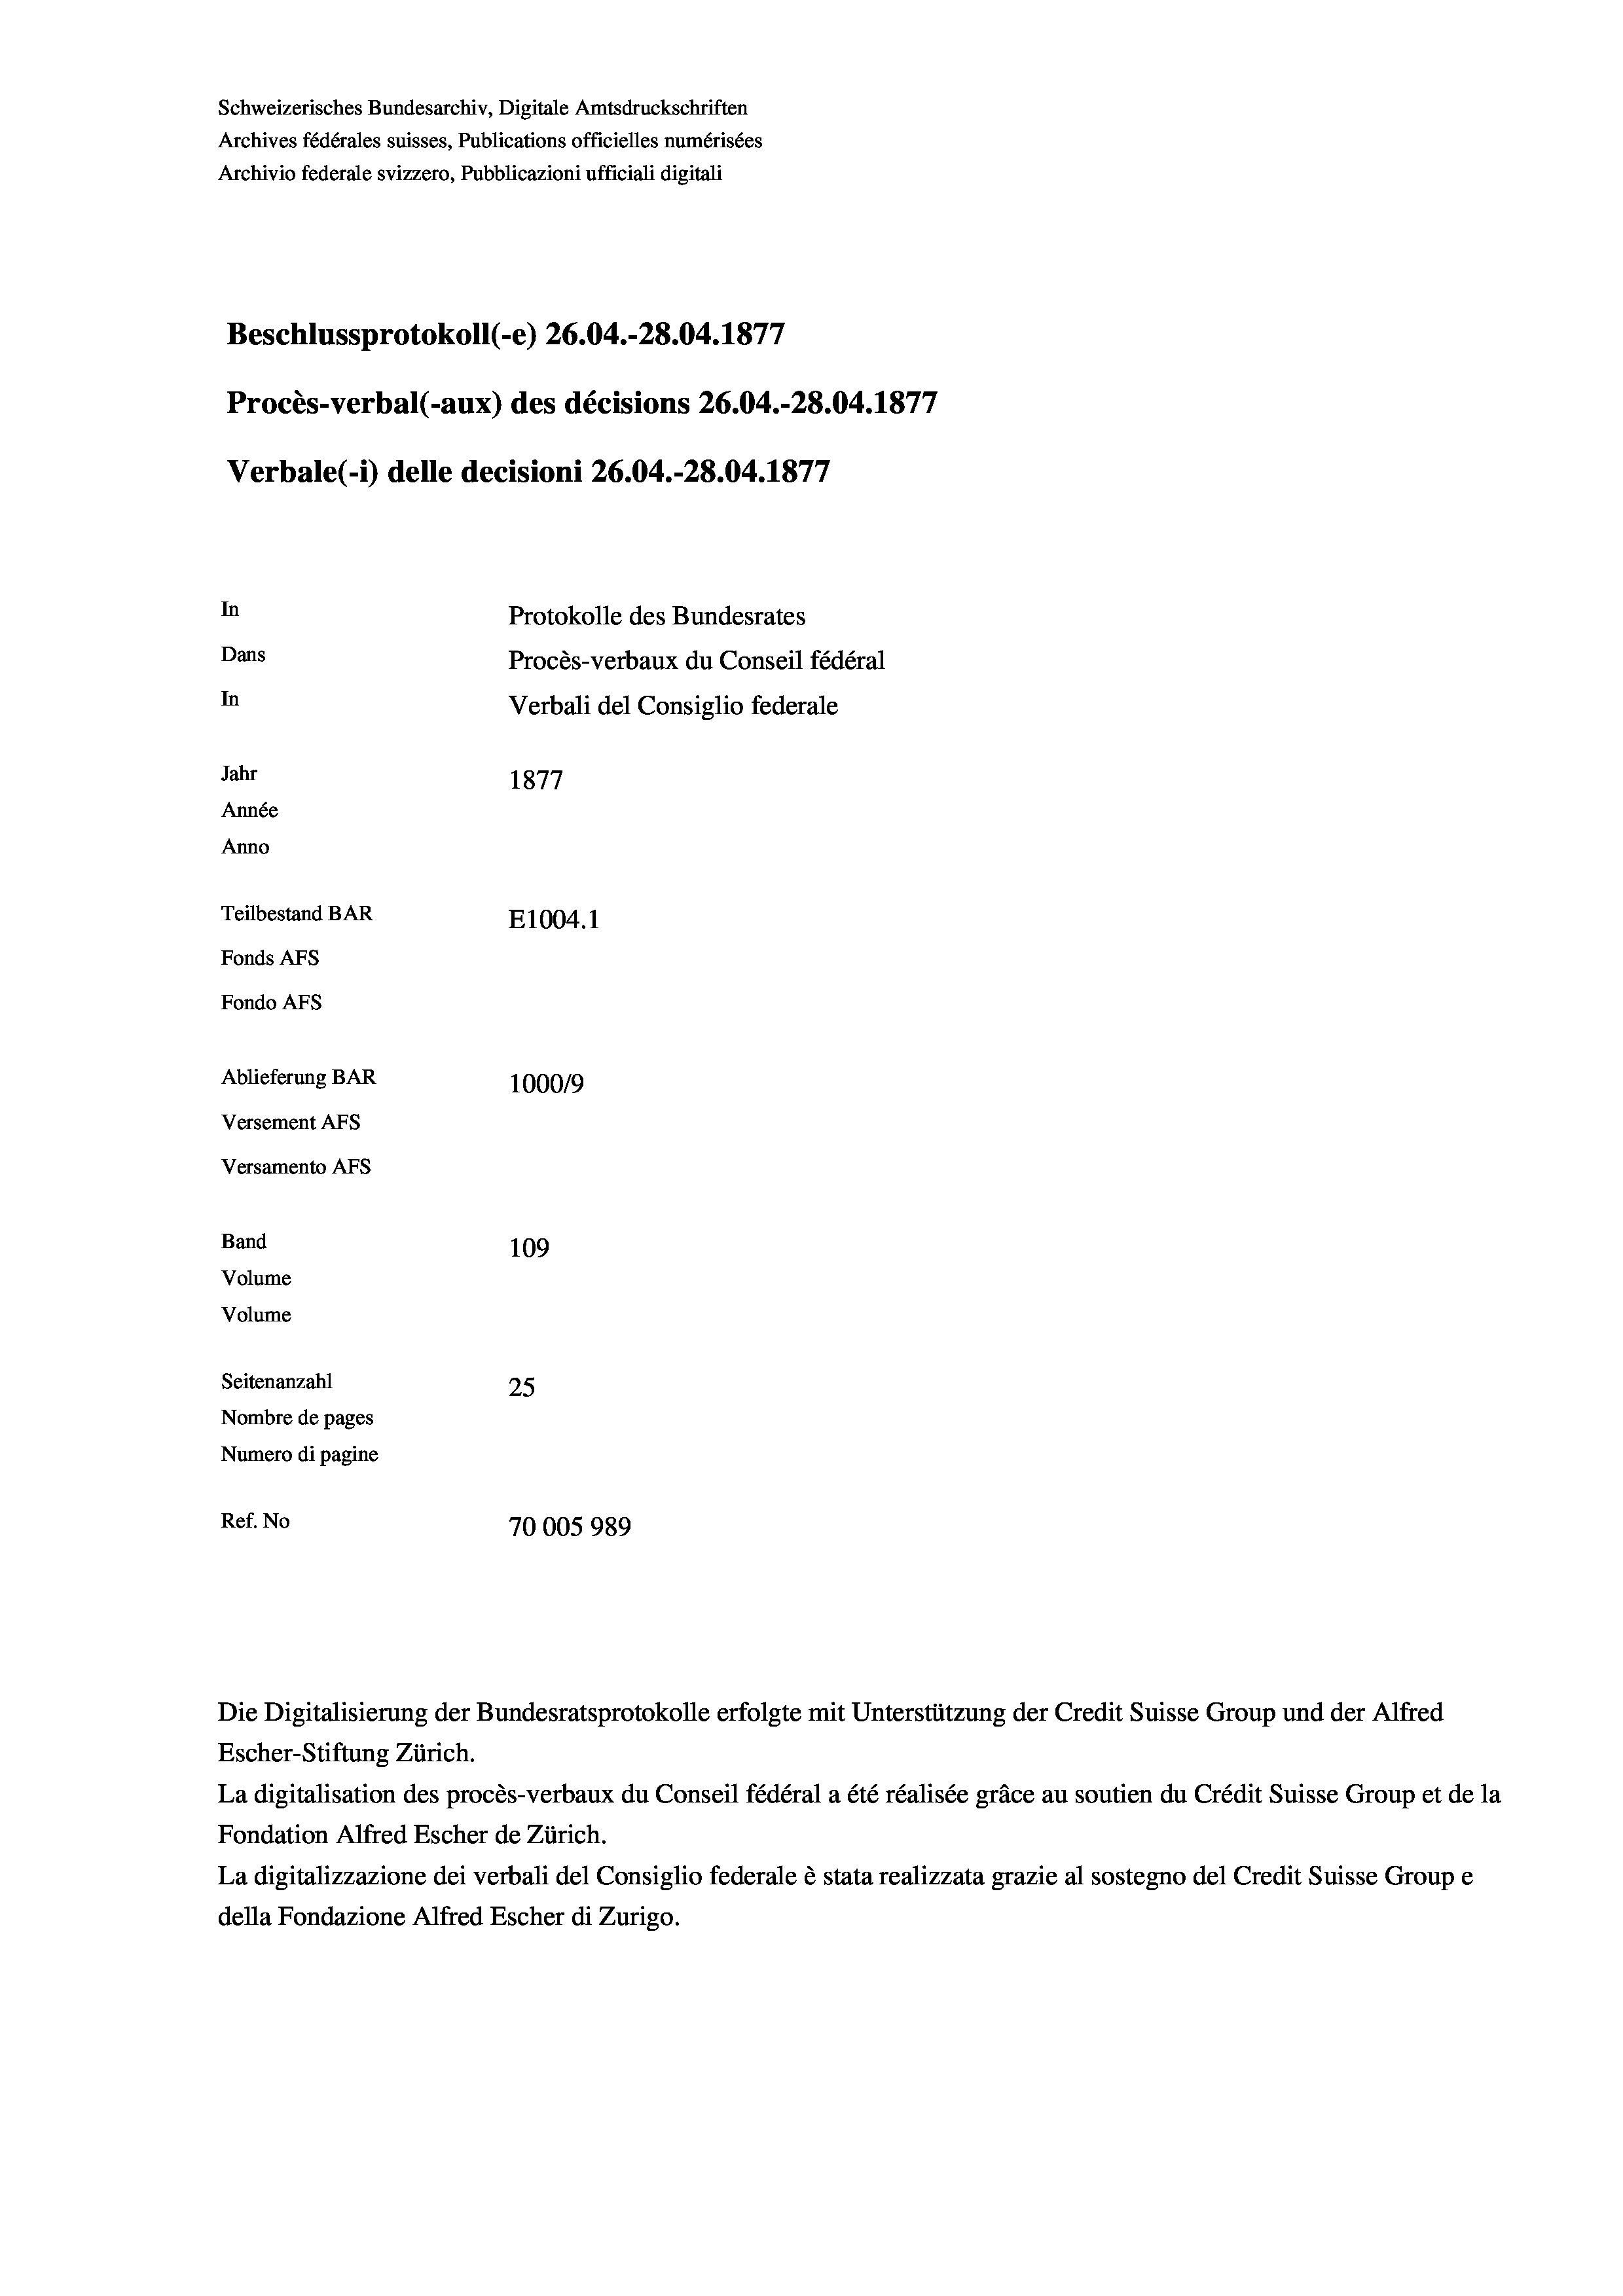
Schweizerisches Bundesarchiv, Digitale Amtsdruckschriften
Archives fédérales suisses, Publications officielles numérisées
Archivio federale svizzero, Pubblicazioni ufficiali digitali
Beschlussprotokoll (-e) 26.04.-28.04. 1877
Procès-verbal (-aux) des décisions 26.04.-28.04. 1877
Verbale (- 1) delle decisioni 26.04.-28.04. 1877
In
Protokolle des Bundesrates
Dans
Procès-verbaux du Conseil fédéral
In
Verbali del Consiglio federale
Jahr
1877
Année
Anno
Teilbestand BAR
E1004. 1
Fonds AFs
Fondo AFS
Ablieferung BAR
1000/9
Versement AFs
Versamento AFs

Band

109
Volume
Volume
Seitenanzahl
25
Nombre de pages
Numero di pagine
Ref. No
70005989

Escher-Stiftung Zürich.
La digitalisation des procès-verbaux du Conseil fédéral a été réalisée gräce au soutien du Crédit Suisse Group et de la
Fondation Alfred Escher de Zürich.
La digitalizzazione dei verbali del Consiglio federale è stata realizzata grazie al sostegno del Credit Suisse Groupe
della Fondazione Alfred Escher di Zurigo.

Die Digitalisierung der Bundesratsprotokolle erfolgte mit Unterstützung der Credit Suisse Group und der Alfred